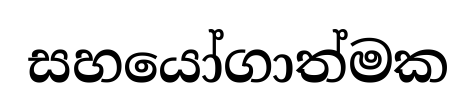
සහයෝගාත්මක